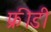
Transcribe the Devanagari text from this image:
फ्रीडी